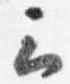
云